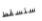
ستسقط